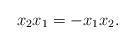
LaTeX: \begin{align*}x_2x_1=-x_1x_2.\end{align*}